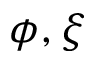
\phi , \xi